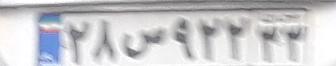
۲۸س۹۲۲۲۲